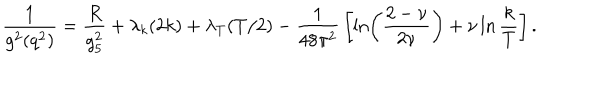
{ \frac { 1 } { g ^ { 2 } ( q ^ { 2 } ) } } = { \frac { R } { g _ { 5 } ^ { 2 } } } + \lambda _ { k } ( 2 k ) + \lambda _ { T } ( T / 2 ) - { \frac { 1 } { 4 8 \pi ^ { 2 } } } \left[ \ln \left( { \frac { 2 - \nu } { 2 \nu } } \right) + \nu \ln { \frac { k } { T } } \right] .